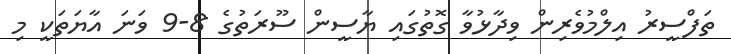
ތަފްސީރު އިލްމުވެރިން ވިދާޅުވާ ގޮތުގައި ޔާސީން ސޫރަތުގެ 8-9 ވަނަ އާޔަތަކީ މި